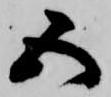
五